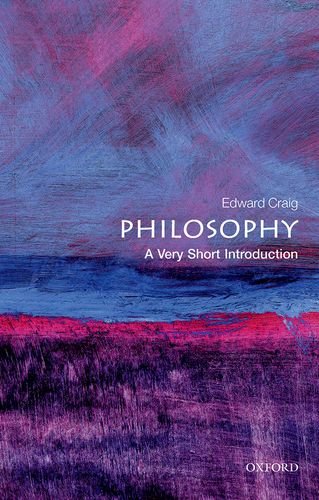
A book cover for Philosophy: A Very Short Introduction; Edward Craig; Politics & Social Sciences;